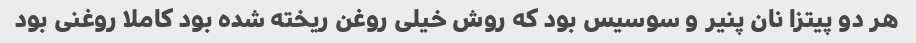
هر دو پیتزا نان پنیر و سوسیس بود که روش خیلی روغن ریخته شده بود کاملا روغنی بود